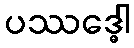
ပဿဒ္ဓေါ